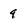
Character: 9